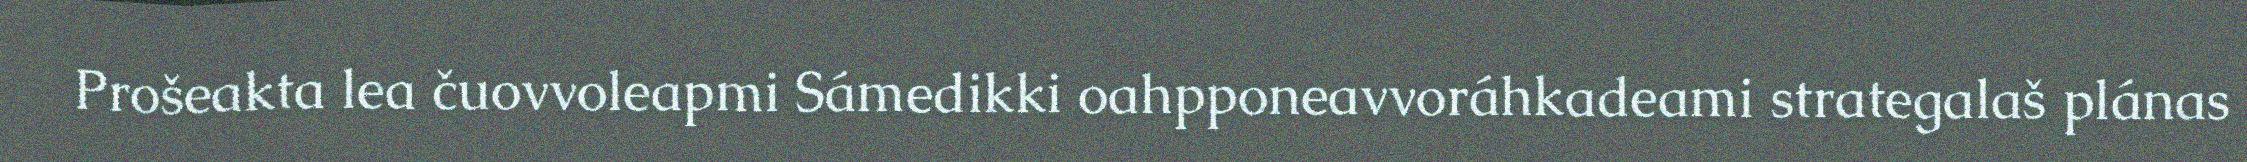
Prošeakta lea čuovvoleapmi Sámedikki oahpponeavvoráhkadeami strategalaš plánas